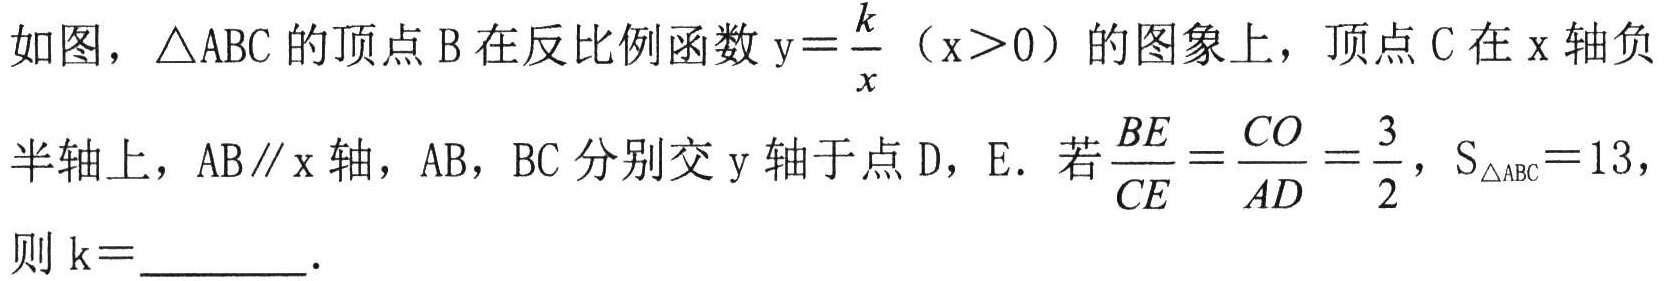
如图，\(\triangle ABC\)的顶点\(B\)在反比例函数\(y = \frac{k}{x}(x>0)\)的图象上，顶点\(C\)在\(x\)轴负半轴上，\(AB\parallel x\)轴，\(AB\)，\(BC\)分别交\(y\)轴于点\(D\)，\(E\). 若\(\frac{BE}{CE}=\frac{CO}{AD}=\frac{3}{2}\)，\(S_{\triangle ABC}=13\)，则 \(k =\underline{\quad\quad}\).